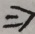
\Rightarrow